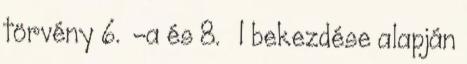
törvény 6. §-a és 8. § 1 bekezdése alapján